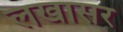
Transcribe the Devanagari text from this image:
लखासर